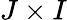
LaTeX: J\times I